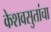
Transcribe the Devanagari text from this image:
केशवसुतांचा